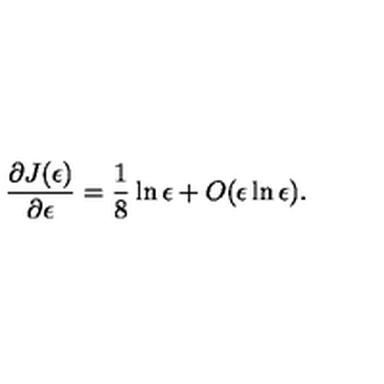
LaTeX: \frac { \partial J ( \epsilon ) } { \partial \epsilon } = \frac { 1 } { 8 } \ln \epsilon + O ( \epsilon \ln \epsilon ) .